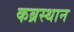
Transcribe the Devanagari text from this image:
कब्रस्थान